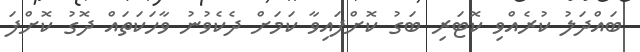
ބައްދަލު ކުރެއްވި ކޮޓަރި ބަގު ކޮށްފައިވާ ކަމަށް ދެކެވުނު ވާހަކަތައް ދޮގު ކޮށްފަ